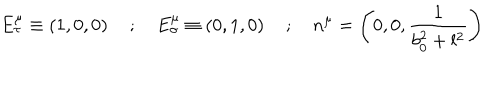
LaTeX: E _ { \tau } ^ { \mu } \equiv \left( 1 , 0 , 0 \right) \quad ; \quad E _ { \sigma } ^ { \mu } \equiv \left( 0 , 1 , 0 \right) \quad ; \quad n ^ { \mu } = \left( 0 , 0 , \frac { 1 } { b _ { 0 } ^ { 2 } + l ^ { 2 } } \right)